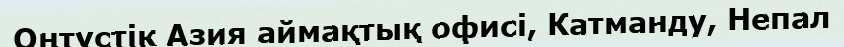
Оңтүстік Азия аймақтық офисі, Катманду, Непал